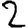
Digit: 2